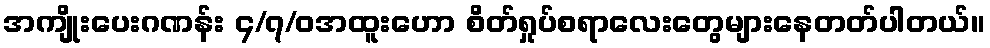
အကျိုးပေးဂဏန်း ၄/၇/၀အထူးဟော စိတ်ရှုပ်စရာလေးတွေများနေတတ်ပါတယ်။